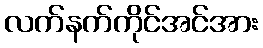
လက်နက်ကိုင်အင်အား